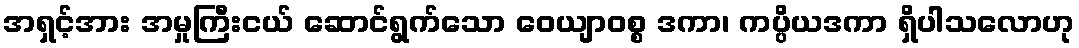
အရှင့်အား အမှုကြီးငယ် ဆောင်ရွက်သော ဝေယျာဝစ္စ ဒကာ၊ ကပ္ပိယဒကာ ရှိပါသလောဟု